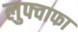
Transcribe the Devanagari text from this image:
लुफ्वाफा